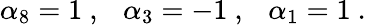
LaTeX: \alpha_{8}=1\ ,\ \ \ \alpha_{3}=-1\ ,\ \ \ \alpha_{1}=1\ .